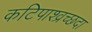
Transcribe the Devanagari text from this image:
कटिपाश्व्रच्छदा